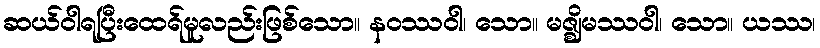
ဆယ်ဝါရပြီးထေရ်မူလည်းဖြစ်သော။ နဝဿဝါ၊ သော။ မဇ္ဈိမဿဝါ၊ သော။ ယဿ၊